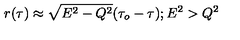
r ( \tau ) \approx \sqrt { E ^ { 2 } - Q ^ { 2 } } ( \tau _ { o } - \tau ) ; E ^ { 2 } > Q ^ { 2 }